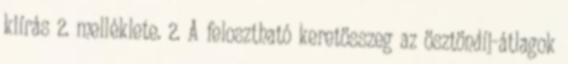
kiírás 2. melléklete. 2. A felosztható keretösszeg az ösztöndíj-átlagok